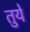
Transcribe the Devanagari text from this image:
तुयें